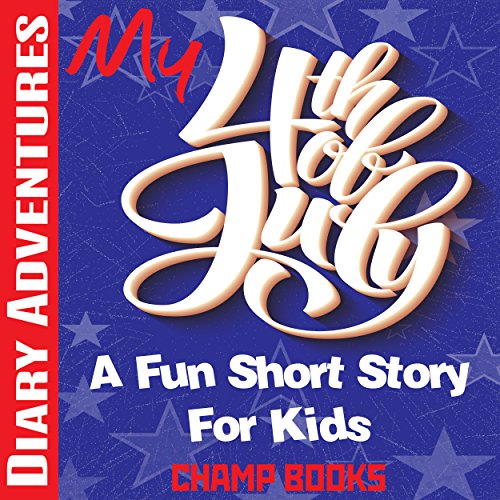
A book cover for Diary Adventures: My 4th of July: A Fun Short Story For Kids; Champ Books; Children's Books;